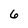
Character: 6